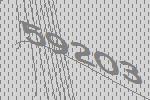
59203